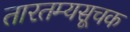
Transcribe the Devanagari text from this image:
तारतम्यसूचक